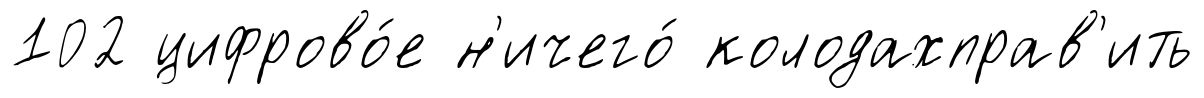
102 цифрово́е н'ичего́ колодахправ'ить